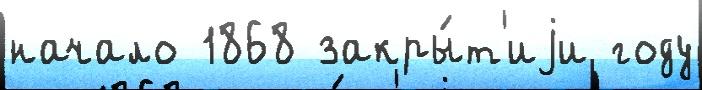
начало 1868 закры́т'иjи году